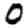
Digit: 0